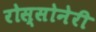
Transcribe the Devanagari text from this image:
रोस्सोनेरी